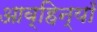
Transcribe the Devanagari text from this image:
आव्हिन्याँ